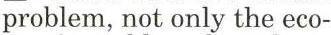
problem, not only the eco-